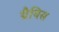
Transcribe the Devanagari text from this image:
ग्रैविस